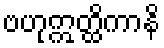
ဗဟုဣတ္ထိကာနိ